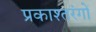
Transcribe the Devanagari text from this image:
प्रकाश्तरंगों